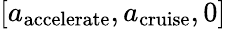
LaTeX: [{a_{\mathrm{{accelerate}}}},{a_{\mathrm{{cruise}}}},0]